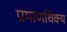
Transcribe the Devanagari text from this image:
प्रमाणधिक्य